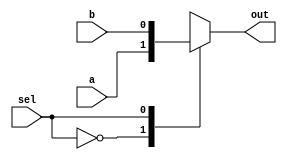
module top_module( 
    input a, b, sel,
    output out ); 
    
    always @(*) begin        
    case (sel)
        1'b0 : out = a;
        1'b1 : out = b;
    endcase
    end

endmodule